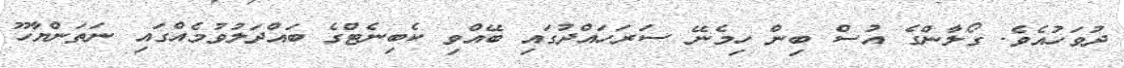
ދުވަހުއެވެ. ގޯލާންގެ އުސް ބިން ހިމެނޭ ސަރަހައްދުގައި ބޭއްވި ކެބިނެޓްގެ ބައްދަލުވުމެއްގައި ނަތަންޔާހޫ